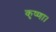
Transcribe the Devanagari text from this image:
कृष्णा।